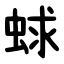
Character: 蛷